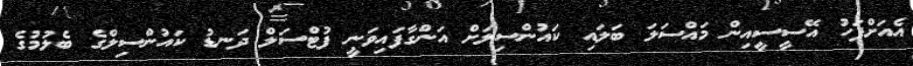
އެއަށްފަހު އޭސީސީއިން މައްސަލަ ބަލައި ކައުންސިލަށް އަންގާފައިވަނީ ފުޓްސަލް ދަނޑު ކައުންސިލްގެ ބެލުމުގެ